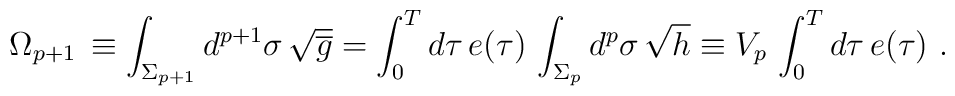
\Omega_{p+1}\,\equiv \int_{\Sigma_{p+1}} d^{ p+1}\sigma \,	  \sqrt{\overline g}  =	  \int_0^T d\tau\, e(\tau)\, \int_{\Sigma_{p}} d^p\sigma\,	\sqrt h \equiv V_p\,  \int_0^T d\tau\,  e(\tau)\ .